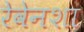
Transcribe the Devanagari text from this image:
रेवेनशा